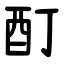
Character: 酊